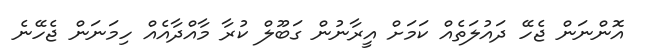
އޮންނަން ޖެހޭ ދައުލަތެއް ކަމަށް އީރާނުން ގަބޫލް ކުރާ މާއްދާއެއް ހިމަނަން ޖެހޭނެ